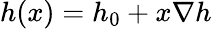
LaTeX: h(x)=h_{0}+x\nabla h